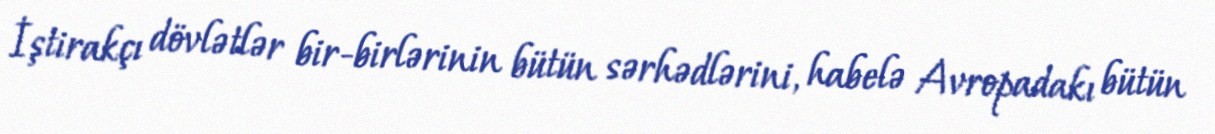
İştirakçı dövlətlər bir-birlərinin bütün sərhədlərini, habelə Avropadakı bütün